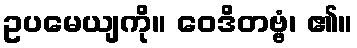
ဥပမေယျကို။ ဝေဒိတဗ္ဗံ၊ ၏။